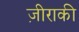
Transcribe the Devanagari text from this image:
ज़ीराकी